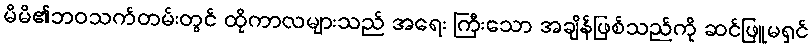
မိမိ၏ဘဝသက်တမ်းတွင် ထိုကာလများသည် အရေး ကြီးသော အချိန်ဖြစ်သည်ကို ဆင်ဖြူမရှင်